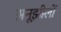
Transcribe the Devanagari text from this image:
अनूझीलों